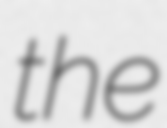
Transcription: the